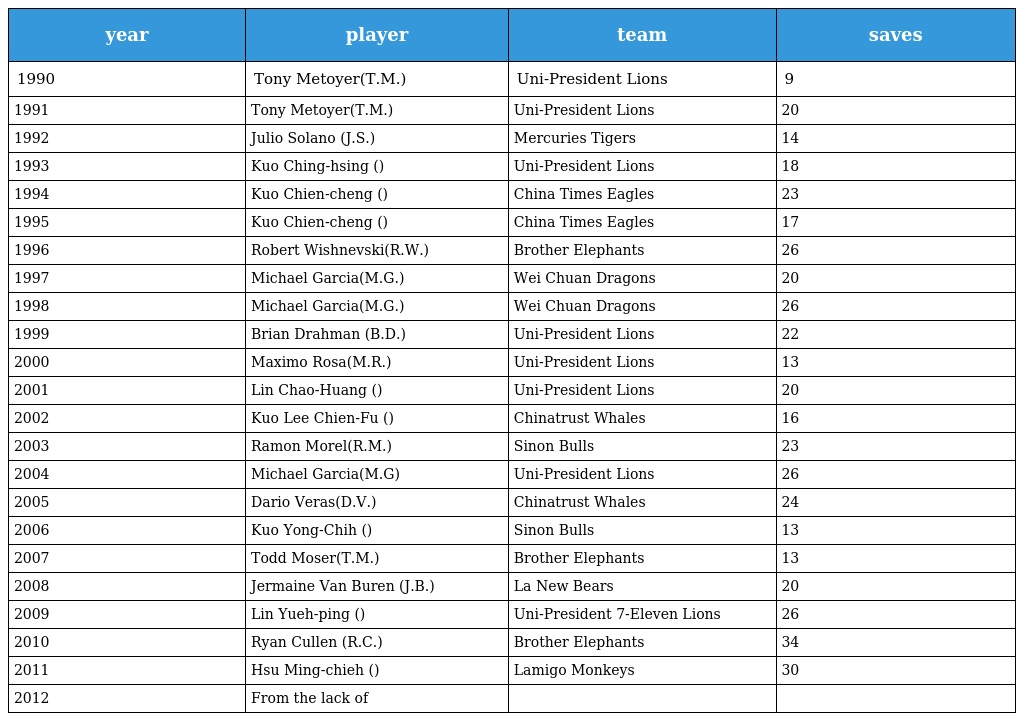
| year | player | team | saves |
 | --- | --- | --- | --- |
 | 1990 | Tony Metoyer(湯尼T.M.) | Uni-President Lions | 9 |
 | 1991 | Tony Metoyer(湯尼T.M.) | Uni-President Lions | 20 |
 | 1992 | Julio Solano (沙勒J.S.) | Mercuries Tigers | 14 |
 | 1993 | Kuo Ching-hsing (郭進興) | Uni-President Lions | 18 |
 | 1994 | Kuo Chien-cheng (郭建成) | China Times Eagles | 23 |
 | 1995 | Kuo Chien-cheng (郭建成) | China Times Eagles | 17 |
 | 1996 | Robert Wishnevski(勞勃R.W.) | Brother Elephants | 26 |
 | 1997 | Michael Garcia(賈西M.G.) | Wei Chuan Dragons | 20 |
 | 1998 | Michael Garcia(賈西M.G.) | Wei Chuan Dragons | 26 |
 | 1999 | Brian Drahman (布萊恩B.D.) | Uni-President Lions | 22 |
 | 2000 | Maximo Rosa(羅薩M.R.) | Uni-President Lions | 13 |
 | 2001 | Lin Chao-Huang (林朝煌) | Uni-President Lions | 20 |
 | 2002 | Kuo Lee Chien-Fu (郭李建夫) | Chinatrust Whales | 16 |
 | 2003 | Ramon Morel(魔銳R.M.) | Sinon Bulls | 23 |
 | 2004 | Michael Garcia(凱撒M.G) | Uni-President Lions | 26 |
 | 2005 | Dario Veras(達威D.V.) | Chinatrust Whales | 24 |
 | 2006 | Kuo Yong-Chih (郭勇志) | Sinon Bulls | 13 |
 | 2007 | Todd Moser(泰德T.M.) | Brother Elephants | 13 |
 | 2008 | Jermaine Van Buren (飛鵬J.B.) | La New Bears | 20 |
 | 2009 | Lin Yueh-ping (林岳平) | Uni-President 7-Eleven Lions | 26 |
 | 2010 | Ryan Cullen (庫倫R.C.) | Brother Elephants | 34 |
 | 2011 | Hsu Ming-chieh (許銘倢) | Lamigo Monkeys | 30 |
 | 2012 | From the lack of（從缺） |  |  |